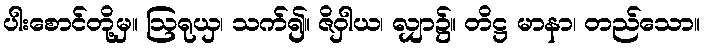
ပါးစောင်တို့မှ။ ဩရုယှ၊ သက်၍။ ဇိဝှါယ၊ လျှာ၌။ တိဋ္ဌ မာနာ၊ တည်သော။